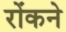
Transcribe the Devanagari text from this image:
रोंकने